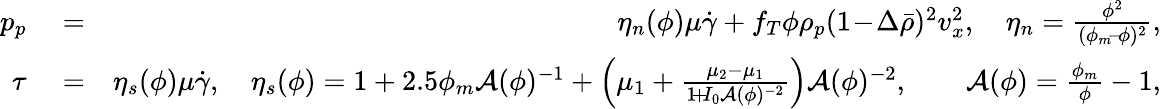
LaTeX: \begin{array}{rlr}{p_{p}}&{{}=}&{\eta_{n}(\phi)\mu\dot{\gamma}+f_{T}\phi\rho_{p}(1\! -\! \Delta\bar{\rho})^{2}v_{x}^{2},\quad\eta_{n}=\frac{\phi^{2}}{(\phi_{m}\! -\! \phi)^{2}},}\\ {\tau}&{{}=}&{\eta_{s}(\phi)\mu\dot{\gamma},\quad\eta_{s}(\phi)=1+2.5\phi_{m}{\cal A}(\phi)^{-1}+\Bigl(\mu_{1}+\frac{\mu_{2}-\mu_{1}}{1\! +\! I_{0}{\cal A}(\phi)^{-2}}\Bigr){\cal A}(\phi)^{-2},\qquad{\cal A}(\phi)=\frac{\phi_{m}}{\phi}-1,}\end{array}